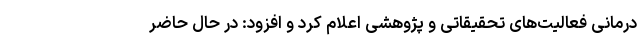
درمانی فعالیت‌های تحقیقاتی و پژوهشی اعلام کرد و افزود: در حال حاضر